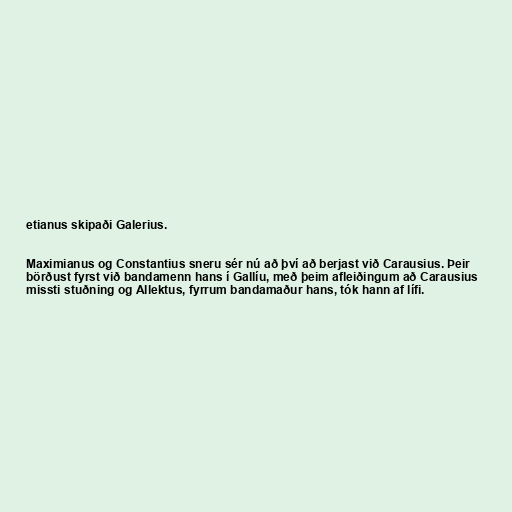
etianus skipaði Galerius.

Maximianus og Constantius sneru sér nú að því að berjast við Carausius. Þeir
börðust fyrst við bandamenn hans í Gallíu, með þeim afleiðingum að Carausius
missti stuðning og Allektus, fyrrum bandamaður hans, tók hann af lífi.